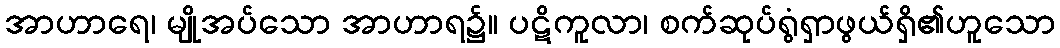
အာဟာရေ၊ မျိုအပ်သော အာဟာရ၌။ ပဋိကူလာ၊ စက်ဆုပ်ရွံရှာဖွယ်ရှိ၏ဟူသော